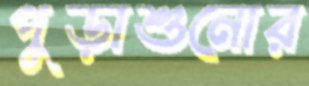
পুড়াশুনোর